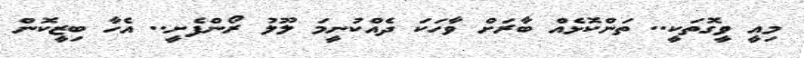
މިއީ ވީގޮތަކީ.. ތަންކޮޅެއް ބާރަށް ވާހަކަ ދެއްކުނީމަ ލޫލު ރޯންފެށީ.. އެހާ ބިޒީކޮން